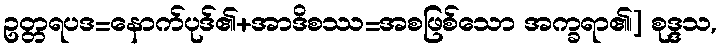
ဥတ္တရပဒ=နောက်ပုဒ်၏+အာဒိစဿ=အစဖြစ်သော အက္ခရာ၏၊] စုဒ္ဒသ,